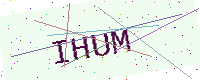
Text: IHUM